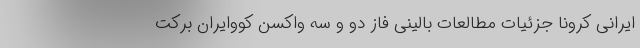
ایرانی کرونا جزئیات مطالعات بالینی فاز دو و سه واکسن کووایران برکت